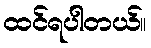
ထင်ရပါတယ်။